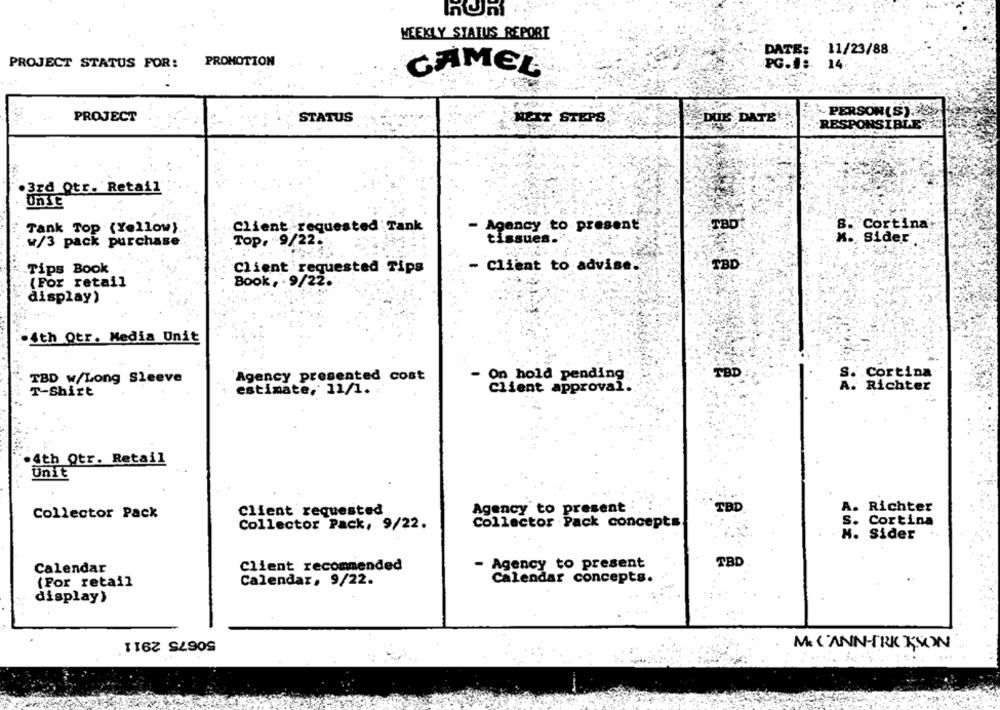
WEEKLY STATUS REPORT
"DATE: 11/23/88
PROMOTION
PROJECT STATUS FOR:
PG.I :. 14
CAMEL
~PERSON(S)25
PROJECT
STATUS
NEXT STEPS
DUE DATE
·RESPONSIBLE"
.3rd Qtr. Retail
UnTE
Agency to present
8.
Cortina
Tank Top (Yellow)
Client requested Tank
Top. "9/22.
tissues.
K ., Sider
w/3 pack purchase
Tips Book
- Client to advise.
TBD
Client requested Tips
(For retail
Book, . 9/22.
display)
.4th Qtr. Media Unit
Agency presented cost
- On hold pending
TBD
S. Cortina
TBD w/Long Sleeve
estimate, 11/1.
client approval.
A. Richter
T-Shirt
.4th Qtr. Retail
Unit
Client requested
Agency to present
TBD
A.
Richter
Collector Pack
Collector Pack, 9/22.
Collector Pack concepts
s.
Cortina
H.
Sider
Client recommended
Agency to present
TBD
Calendar
(For retail
Calendar, 9/22.
Calendar concepts.
display)
50675 2911
Me L'ANN-TRE KSOWN